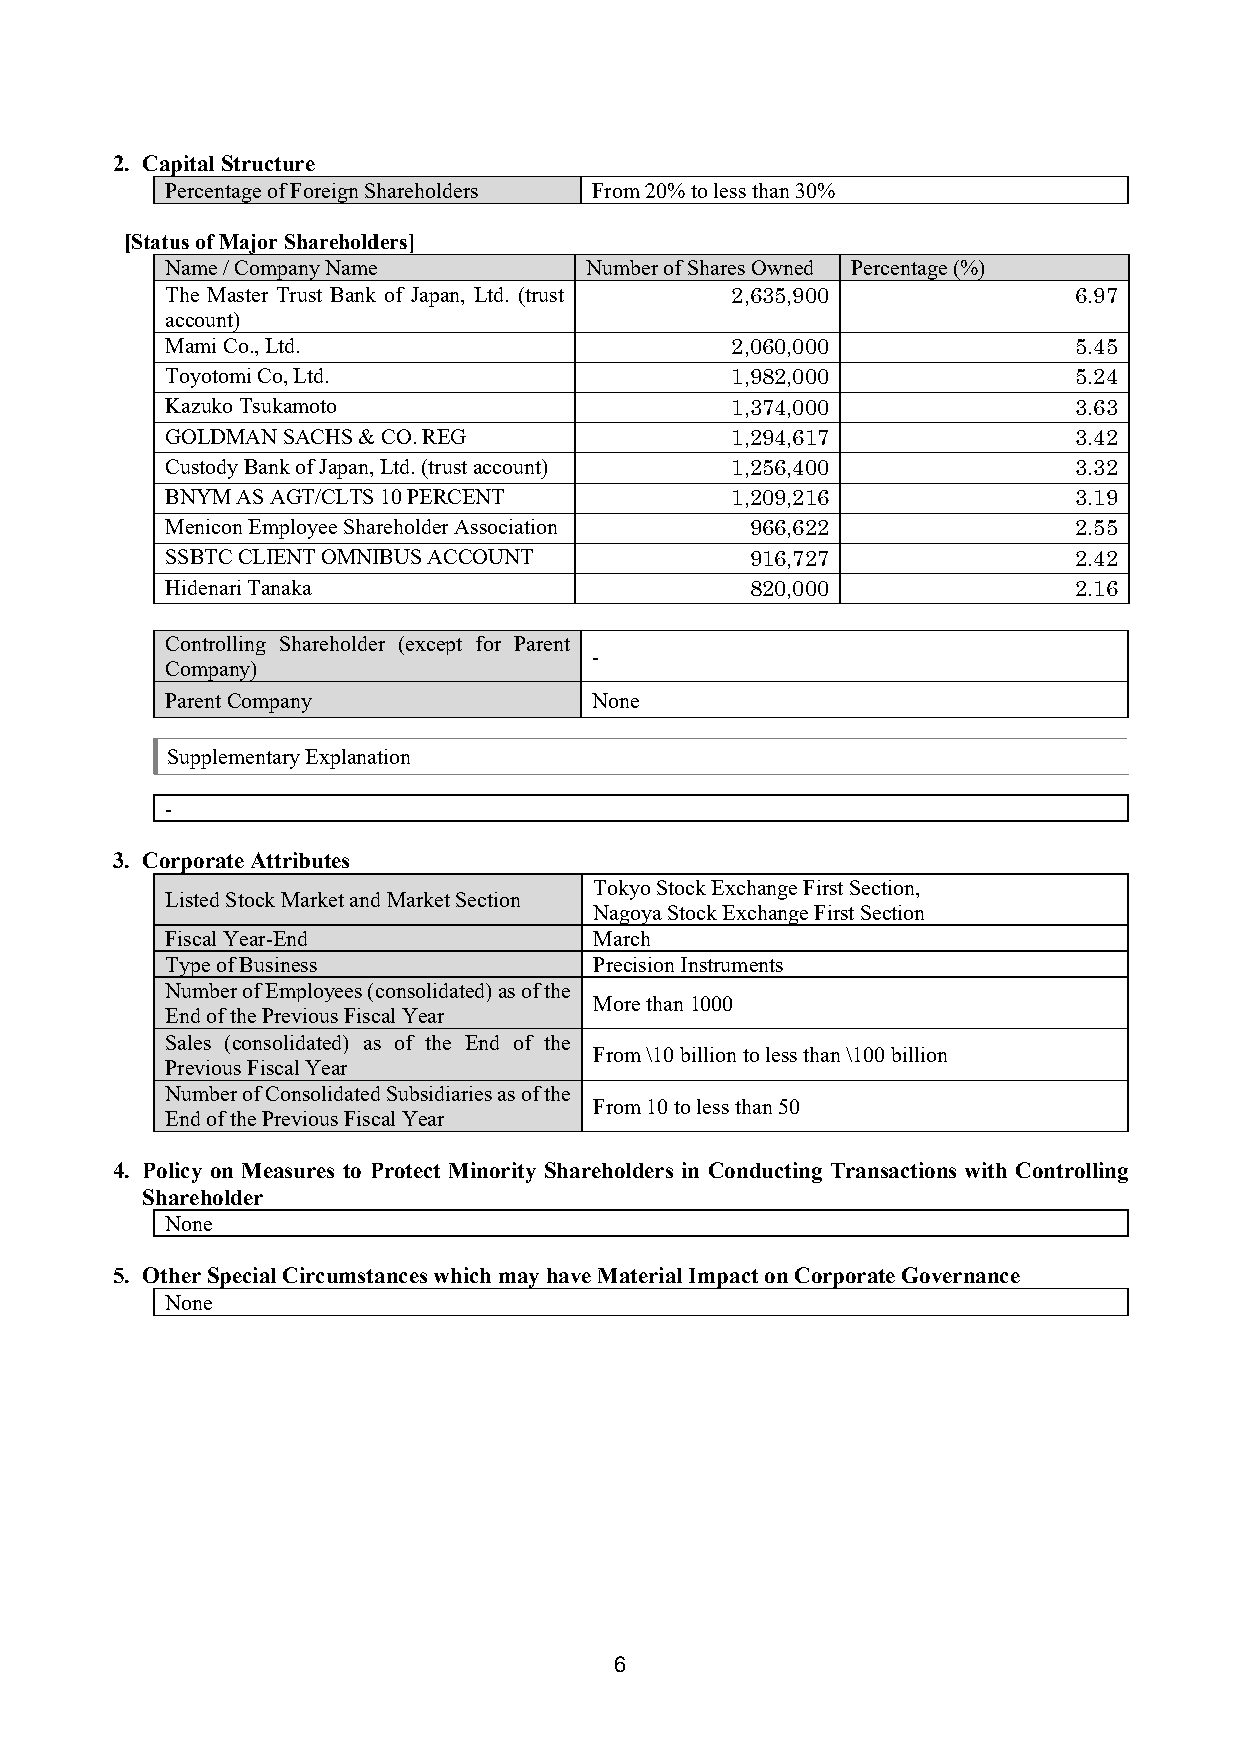
2. Capital Structure
 Percentage of Foreign Shareholders From 20% to less than 30%
 [Status of Major Shareholders]
 Name / Company Name         Number of Shares Owned Percentage (%)
 The Master Trust Bank of Japan, Ltd. (trust 2,635,900       6.97
 account)
 Mami Co., Ltd.                       2,060,000              5.45
 Toyotomi Co, Ltd.                    1,982,000              5.24
 Kazuko Tsukamoto                     1,374,000              3.63
 GOLDMAN SACHS & CO. REG              1,294,617              3.42
 Custody Bank of Japan, Ltd. (trust account) 1,256,400       3.32
 BNYM AS AGT/CLTS 10 PERCENT          1,209,216              3.19
 Menicon Employee Shareholder Association 966,622            2.55
 SSBTC CLIENT OMNIBUS ACCOUNT           916,727              2.42
 Hidenari Tanaka                        820,000              2.16
 Controlling Shareholder (except for Parent
 -
 Company)
 Parent Company              None
 Supplementary Explanation
 -
 3. Corporate Attributes
 Tokyo Stock Exchange First Section,
 Listed Stock Market and Market Section
 Nagoya Stock Exchange First Section
 Fiscal Year-End             March
 Type of Business            Precision Instruments
 Number of Employees (consolidated) as of the
 More than 1000
 End of the Previous Fiscal Year
 Sales (consolidated) as of the End of the
 From \10 billion to less than \100 billion
 Previous Fiscal Year
 Number of Consolidated Subsidiaries as of the
 From 10 to less than 50
 End of the Previous Fiscal Year
 4. Policy on Measures to Protect Minority Shareholders in Conducting Transactions with Controlling
 Shareholder
 None
 5. Other Special Circumstances which may have Material Impact on Corporate Governance
 None
 6